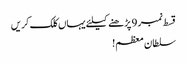
قسط نمبر 9 پڑھنے کیلئے یہاں کلک کریں
سلطان معظم!